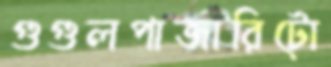
গুগুলপাজারিটো